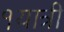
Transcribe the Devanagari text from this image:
१यात्री